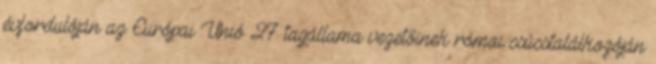
évfordulóján az Európai Unió 27 tagállama vezetőinek római csúcstalálkozóján